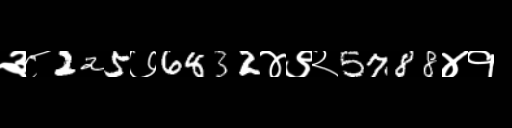
Text: ३८225७6832४९२5788४१